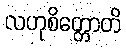
လဟုစိတ္တောတိ